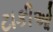
ટાકીઓ